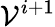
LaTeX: \mathcal{V}^{i+1}